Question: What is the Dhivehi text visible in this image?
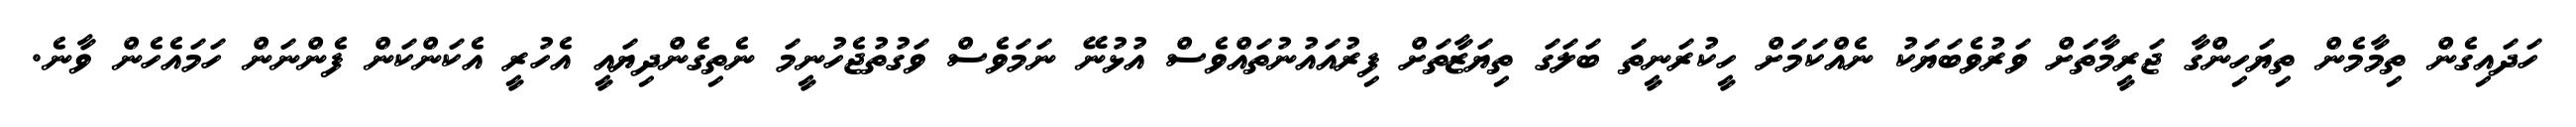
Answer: ހަދައިގެން ތިމާމެން ތިޔަހިންގާ ޖަރީމާތަށް ވަރުވެބަޔަކު ނެއްކަމަށް ހީކުރަނީތަ ބަލަގަ ތިޔަޒާތަށް ފިރުއައުނުތައްވެސް އުޅުނޭ ނަމަވެސް ވަގުތުޖެހުނީމަ ނެތިގެންދިޔައީ އެހުރީ އެކަންކަން ފެންނަން ހަމައެހެން ވާނެ.